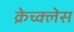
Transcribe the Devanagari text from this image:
क्रेच्क्लेस